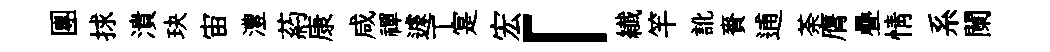
團捄潰玦宙澧葯康咸禪遽丅寔宏「纎竿訛賚逋荼膺疊情系闌